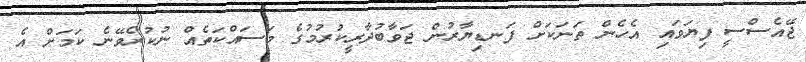
ޖޭއެސްސީ ފިޔަވައި އެހެން ތަނަކަށް ފަނޑިޔާރުން ޖަވާބުދާރީކުރުމުގެ މަސައްކަތެއް ނުކުރެވޭނެ ކަމަށް އެ